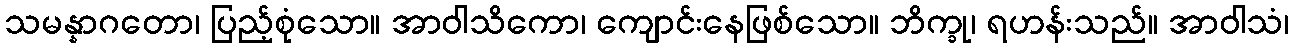
သမန္နာဂတော၊ ပြည့်စုံသော။ အာဝါသိကော၊ ကျောင်းနေဖြစ်သော။ ဘိက္ခု၊ ရဟန်းသည်။ အာဝါသံ၊